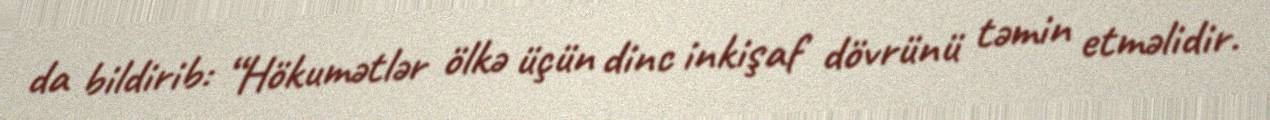
da bildirib: “Hökumətlər ölkə üçün dinc inkişaf dövrünü təmin etməlidir.